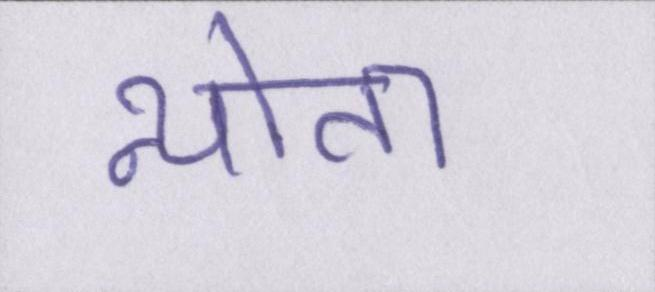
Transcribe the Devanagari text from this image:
न्योता